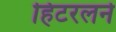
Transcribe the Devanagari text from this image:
हिटरलने